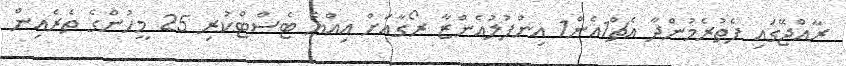
ރާއްޖޭގައި ފެތުރެމުންދާ އެޗް1އެން1 އިންފުލުއެންޒާ ރޯގާއަށް އިއްޔެ ޓެސްޓްކުރި 25 މީހުންގެ ތެރެއިން